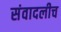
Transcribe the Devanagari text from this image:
संवादलीच